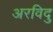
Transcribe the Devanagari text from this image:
अरविदु